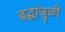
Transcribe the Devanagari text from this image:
बद्धांजुळी